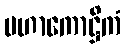
မဟာကောဋ္ဌိကံ